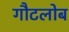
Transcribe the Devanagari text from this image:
गौटलोब